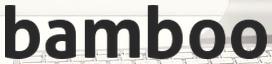
bamboo